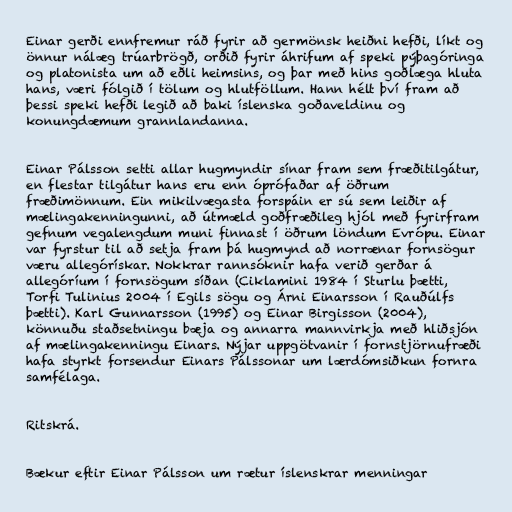
Einar gerði ennfremur ráð fyrir að germönsk heiðni hefði, líkt og
önnur nálæg trúarbrögð, orðið fyrir áhrifum af speki pýþagóringa
og platonista um að eðli heimsins, og þar með hins goðlæga hluta
hans, væri fólgið í tölum og hlutföllum. Hann hélt því fram að
þessi speki hefði legið að baki íslenska goðaveldinu og
konungdæmum grannlandanna.

Einar Pálsson setti allar hugmyndir sínar fram sem fræðitilgátur,
en flestar tilgátur hans eru enn óprófaðar af öðrum
fræðimönnum. Ein mikilvægasta forspáin er sú sem leiðir af
mælingakenningunni, að útmæld goðfræðileg hjól með fyrirfram
gefnum vegalengdum muni finnast í öðrum löndum Evrópu. Einar
var fyrstur til að setja fram þá hugmynd að norrænar fornsögur
væru allegórískar. Nokkrar rannsóknir hafa verið gerðar á
allegóríum í fornsögum síðan (Ciklamini 1984 í Sturlu þætti,
Torfi Tulinius 2004 í Egils sögu og Árni Einarsson í Rauðúlfs
þætti). Karl Gunnarsson (1995) og Einar Birgisson (2004),
könnuðu staðsetningu bæja og annarra mannvirkja með hliðsjón
af mælingakenningu Einars. Nýjar uppgötvanir í fornstjörnufræði
hafa styrkt forsendur Einars Pálssonar um lærdómsiðkun fornra
samfélaga.

Ritskrá.

Bækur eftir Einar Pálsson um rætur íslenskrar menningar